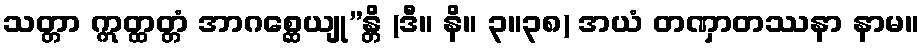
သတ္တာ ဣတ္ထတ္တံ အာဂစ္ဆေယျု”န္တိ (ဒီ။ နိ။ ၃။၃၈) အယံ တဏှာတဿနာ နာမ။